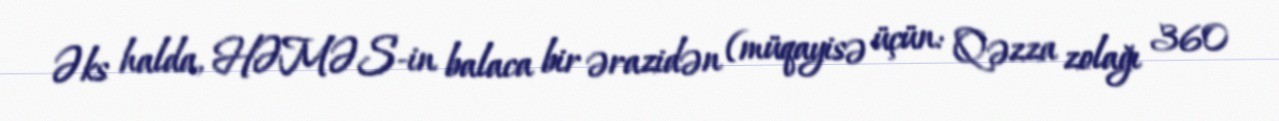
Əks halda, HƏMƏS-in balaca bir ərazidən (müqayisə üçün: Qəzza zolağı 360